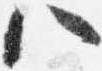
八